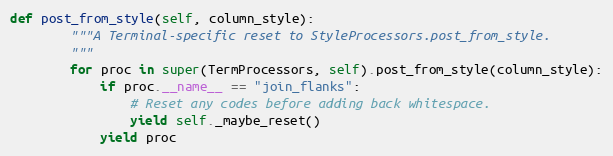
Language: Python
def post_from_style(self, column_style):
        """A Terminal-specific reset to StyleProcessors.post_from_style.
        """
        for proc in super(TermProcessors, self).post_from_style(column_style):
            if proc.__name__ == "join_flanks":
                # Reset any codes before adding back whitespace.
                yield self._maybe_reset()
            yield proc